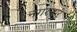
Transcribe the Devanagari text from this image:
नगरयार